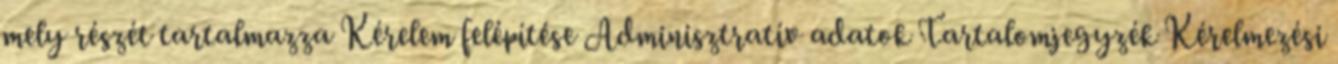
mely részét tartalmazza Kérelem felépítése Adminisztratív adatok Tartalomjegyzék Kérelmezési